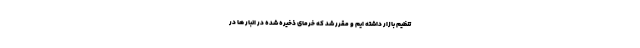
تنظیم بازار داشته ایم و مقرر شد که خرمای ذخیره شده در انبار ها در